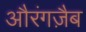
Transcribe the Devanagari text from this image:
औरंगज़ैब